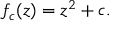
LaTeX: f _ { c } ( z ) = z ^ { 2 } + c .